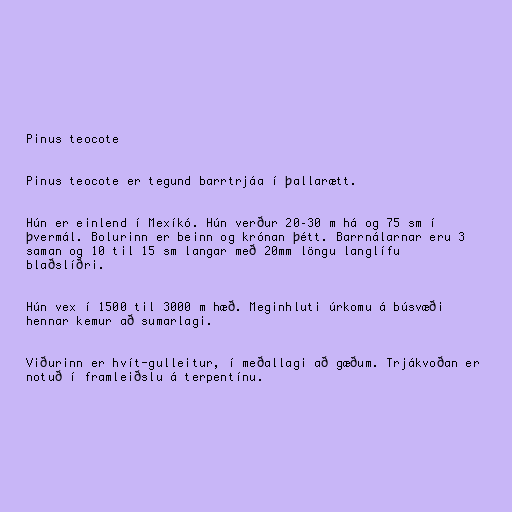
Pinus teocote

Pinus teocote er tegund barrtrjáa í þallarætt.

Hún er einlend í Mexíkó. Hún verður 20–30 m há og 75 sm í
þvermál. Bolurinn er beinn og krónan þétt. Barrnálarnar eru 3
saman og 10 til 15 sm langar með 20mm löngu langlífu
blaðslíðri.

Hún vex í 1500 til 3000 m hæð. Meginhluti úrkomu á búsvæði
hennar kemur að sumarlagi.

Viðurinn er hvít-gulleitur, í meðallagi að gæðum. Trjákvoðan er
notuð í framleiðslu á terpentínu.